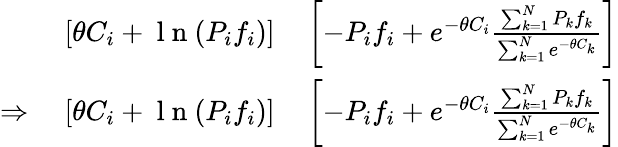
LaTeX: \begin{array}{rl}{[\theta C_{i}+\mathrm{~l~n~}(P_{i}f_{i})]}&{{}\left[-P_{i}f_{i}+e^{-\theta C_{i}}\frac{\sum_{k=1}^{N}P_{k}f_{k}}{\sum_{k=1}^{N}e^{-\theta C_{k}}}\right]}\\ {\Rightarrow\ \ \ \ [\theta C_{i}+\mathrm{~l~n~}(P_{i}f_{i})]}&{{}\left[-P_{i}f_{i}+e^{-\theta C_{i}}\frac{\sum_{k=1}^{N}P_{k}f_{k}}{\sum_{k=1}^{N}e^{-\theta C_{k}}}\right]}\end{array}